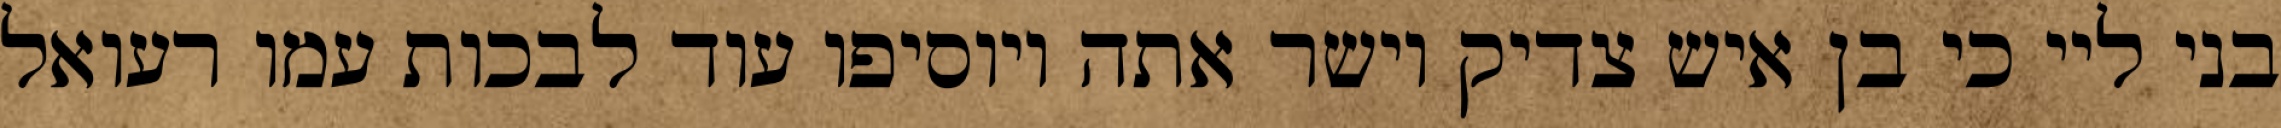
בני ליי כי בן איש צדיק וישר אתה ויוסיפו עוד לבכות עמו רעואל